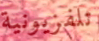
تلفزيونية